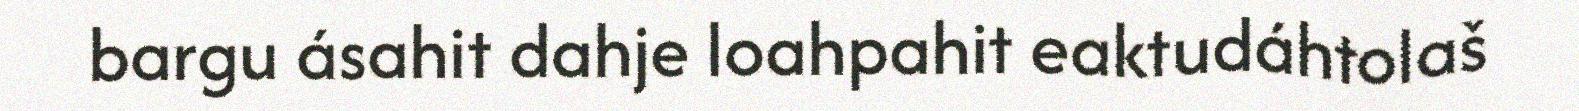
bargu ásahit dahje loahpahit eaktudáhtolaš